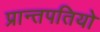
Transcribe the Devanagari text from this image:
प्रान्तपतियो